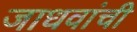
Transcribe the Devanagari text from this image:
जाधवांची